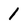
Character: 1